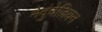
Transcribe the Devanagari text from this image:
नेदुंचेज़ियन